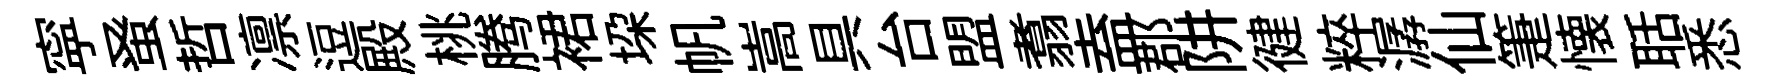
寜𫊫哲凛逗殿桃腾裙垜帆嵩具台盟翥盍郡阱徤粹潺仙箑懐聒悉